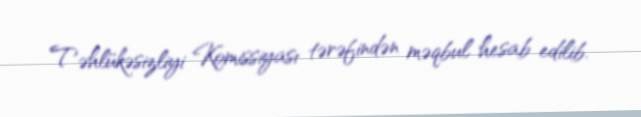
Təhlükəsizliyi Komissiyası tərəfindən məqbul hesab edilib.